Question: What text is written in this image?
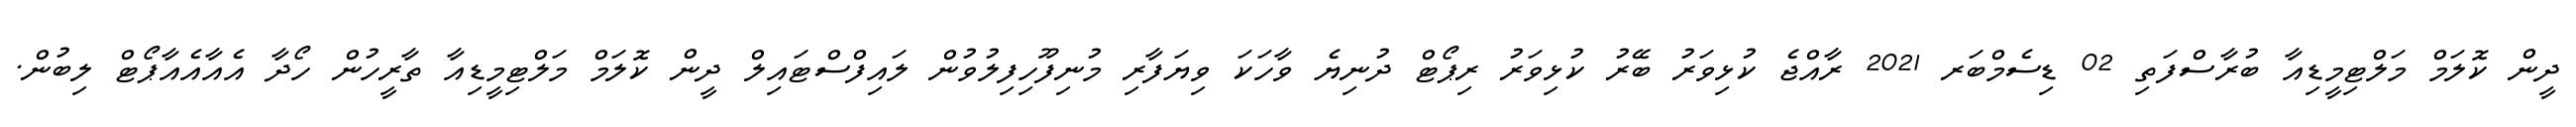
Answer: ދީން ކޮލަމް މަލްޓިމީޑިއާ ބުރާސްފަތި 02 ޑިސެމްބަރ 2021 ރާއްޖެ ކުޅިވަރު ބޭރު ކުޅިވަރު ރިޕޯޓް ދުނިޔެ ވާހަކަ ވިޔަފާރި މުނިފޫހިފިލުވުން ލައިފްސްޓައިލް ދީން ކޮލަމް މަލްޓިމީޑިއާ ތާރީހުން ހޯދާ އެއާއެއާޕޯޓް ލިބުން.